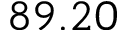
8 9 . 2 0